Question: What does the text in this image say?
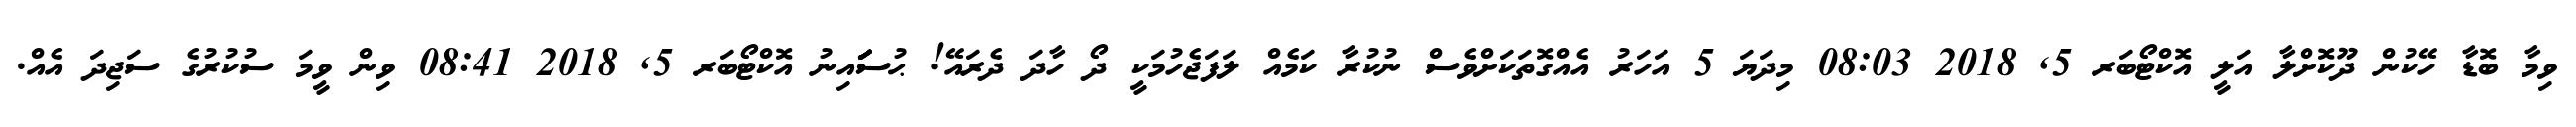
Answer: ވިމާ ބޮޑާ ހޭކުން ދޫކޮށްލާ އަލީ އޮކްޓޯބަރ 5, 2018 08:03 މިދަޔަ 5 އަހަރު އެއްގޮތަކަށްވެސް ނުކުރާ ކަމެއް ލަފަޖެހުމަކީ ދޯ ހާދަ ދެރައޭ! ޙުސަަަަަަަައިނު އޮކްޓޯބަރ 5, 2018 08:41 ވިން ވީމަ ސުކުރުގެ ސަޖިދަ އެއް.